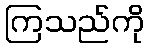
ကြသည်ကို